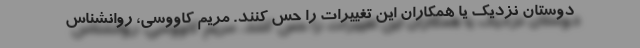
دوستان نزدیک یا همکاران این تغییرات را حس کنند. مریم کاووسی، روانشناس